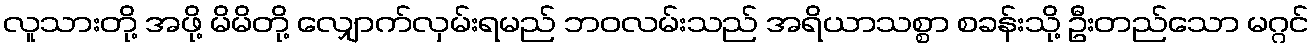
လူသားတို့ အဖို့ မိမိတို့ လျှောက်လှမ်းရမည် ဘဝလမ်းသည် အရိယာသစ္စာ စခန်းသို့ ဦးတည်သော မဂ္ဂင်